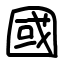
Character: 國